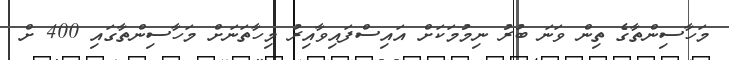
މަހާސިންތާގެ ތިން ވަނަ ބުރު ނިމުމަކަށް އައިސްފައިވާއިރު މިހާތަނަށް މަހާސިންތާގައި 400 ށް